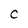
Character: c